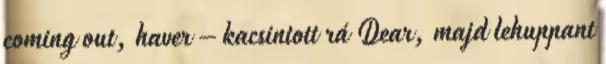
coming out, haver – kacsintott rá Dear, majd lehuppant